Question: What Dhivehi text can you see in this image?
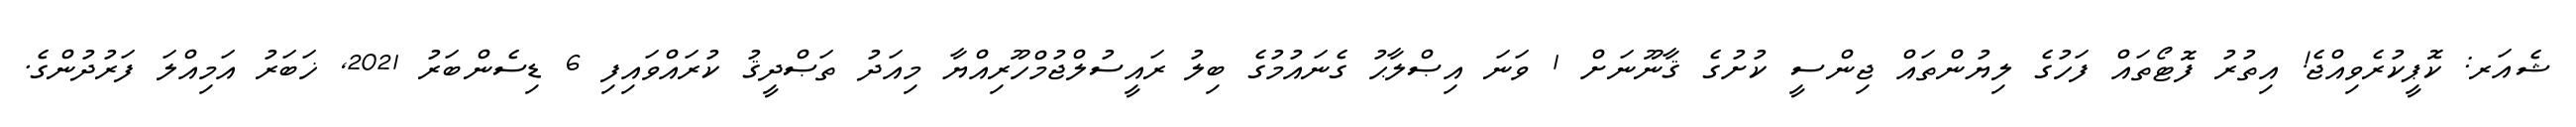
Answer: ޝެއަރ: ކޮޕީކުރެވިއްޖެ! އިތުރު ފޮޓޯތައް ފަހުގެ ލިޔުންތައް ޖިންސީ ކުށުގެ ޤާނޫނަށް 1 ވަނަ އިޞްލާޙު ގެނައުމުގެ ބިލު ރައީސުލްޖުމްހޫރިއްޔާ މިއަދު ތަޞްދީޤު ކުރައްވައިފި 6 ޑިސެންބަރު 2021, ޚަބަރު އަމިއްލަ ފަރުދުންގެ.